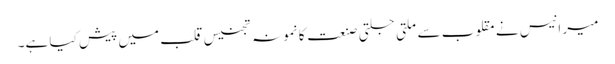
میر انیس نے مقلوب سے ملتی جلتی صنعت کا نمونہ تجنیس قلب میں پیش کیا ہے۔